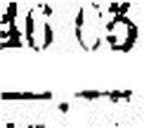
—.—